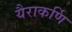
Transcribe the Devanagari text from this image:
यैराकर्णि